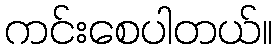
ကင်းစေပါတယ်။